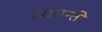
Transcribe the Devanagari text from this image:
दयमन्ती